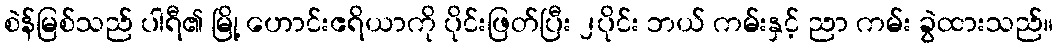
စဲန်မြစ်သည် ပါရီ၏ မြို့ ဟောင်းဧရိယာကို ပိုင်းဖြတ်ပြီး ၂ပိုင်း ဘယ် ကမ်းနှင့် ညာ ကမ်း ခွဲထားသည်။